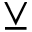
\veebar